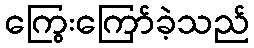
ကြွေးကြော်ခဲ့သည်